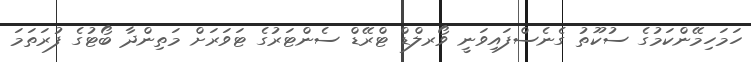
ހަމަހިމޭންކަމުގެ ސުކޫތު ގެނެސްފައިވަނީ ވޯރލްޑް ޓްރޭޑް ސެންޓަރުގެ ޓަވަރަށް މަތިންދާ ބޯޓުގެ ފުރަތަމަ